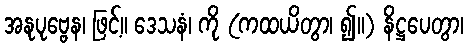
အနုပုဗ္ဗေန၊ ဖြင့်။ ဒေသနံ၊ ကို (ကထယိတွာ၊ ၍။) နိဋ္ဌပေတွာ၊